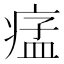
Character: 𤷪